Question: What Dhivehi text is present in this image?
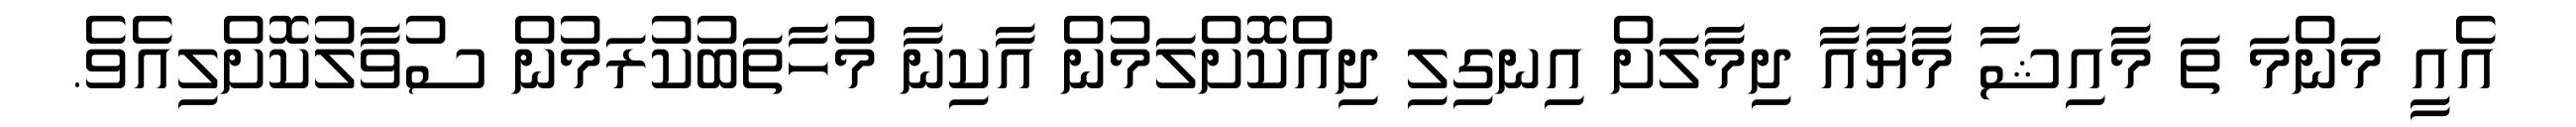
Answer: އެއީ މަންމަ ތަ މާއިޝާ މާޔާއާ ދިމާލަށް އިނގިލި ދިއްކޮށްލަމުން އާކިނާ މުހާތަބުކުރަމުން ސުވާލުކޮށްލިއެވެ.